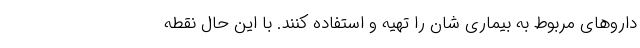
داروهای مربوط به بیماری شان را تهیه و استفاده کنند. با این حال نقطه